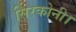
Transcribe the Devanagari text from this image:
सिरकोनी।